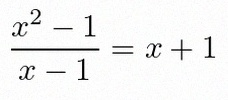
\frac{x^2-1}{x-1}=x+1